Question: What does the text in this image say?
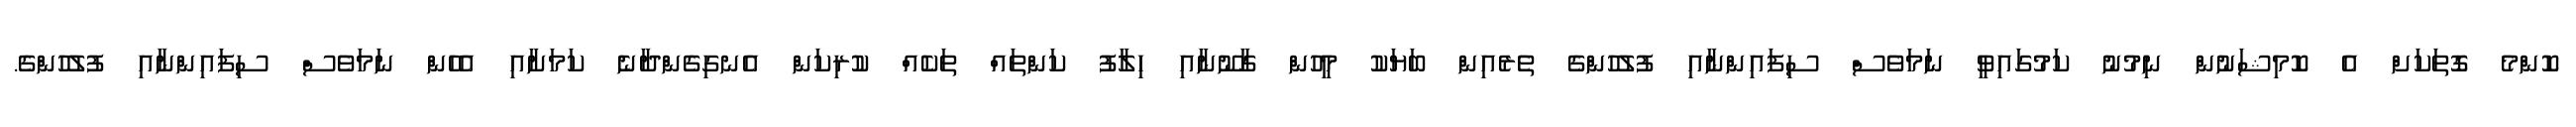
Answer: ކޮންމެ ގޮތަކަށް އެ ކޮމިޝަނުން ނިމުނު ކަމުގައިވީ ނަމަވެސް ސިފައިންނާއި ފުލުހުންގެ ތެރެއިން ބަޔަކު މީހުން ގާނޫނާއި ހިލާފު ކަންތައް ތަކެއް ކުރިކަން އެނގިގެންދާނެ ކަމަށާއި އެހެން ނަމަވެސް ސިފައިންނާއި ފުލުހުންގެ.